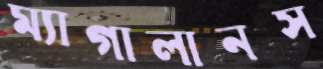
ম্যাগালানস